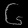
Digit: ၆